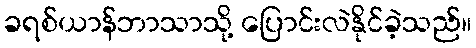
ခရစ်ယာန်ဘာသာသို့ ပြောင်းလဲနိုင်ခဲ့သည်။